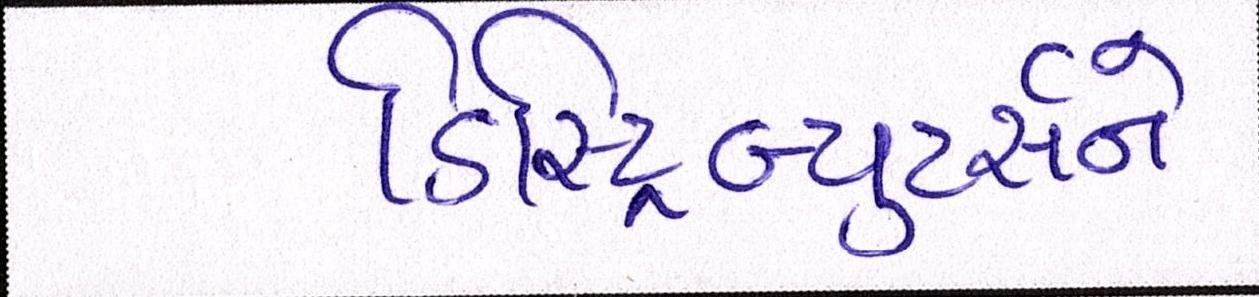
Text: ડિસ્ટ્રિબ્યુટર્સને